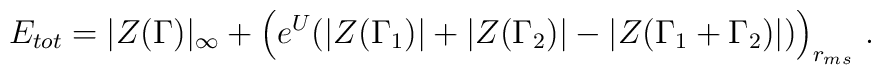
E_{tot}=|Z(\Gamma)|_{\infty}+ \left( e^U (|Z(\Gamma_1)|+|Z(\Gamma_2)|-|Z(\Gamma_1+\Gamma_2)|) \right)_{r_{ms}} \, .